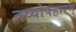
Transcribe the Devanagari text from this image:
नव्योपहारम्